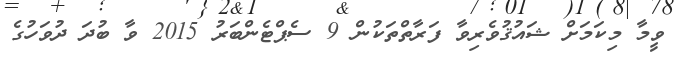
ވީމާ މިކަމަށް ޝައުޤުވެރިވާ ފަރާތްތަކުން 9 ސެޕްޓެންބަރު 2015 ވާ ބުދަ ދުވަހުގެ